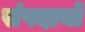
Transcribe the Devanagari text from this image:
संपदायों